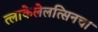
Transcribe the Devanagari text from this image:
त्लाकेलेलत्सिनचा